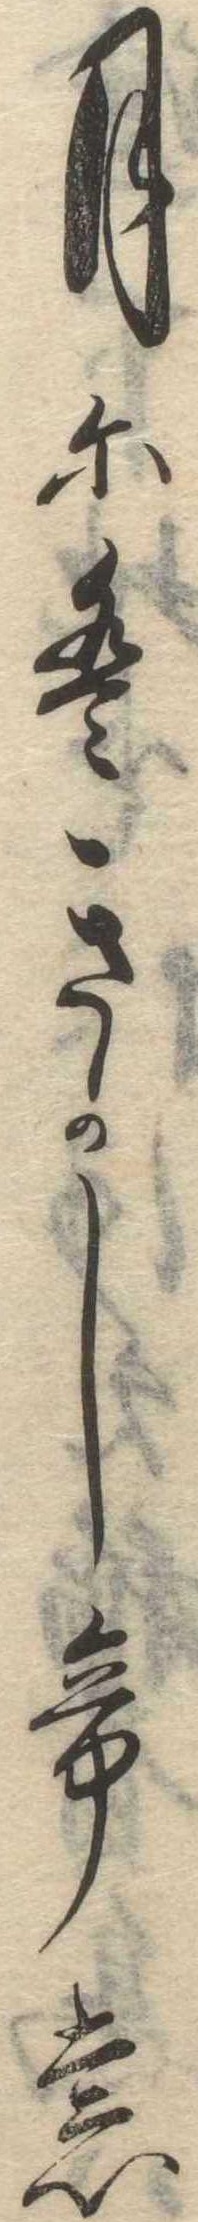
月にはきかしても